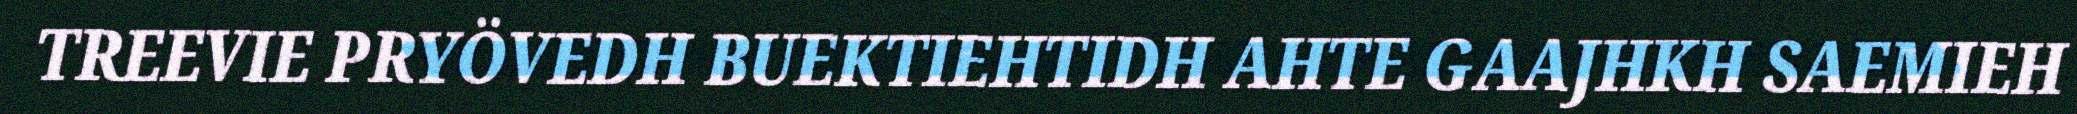
TREEVIE PRYÖVEDH BUEKTIEHTIDH AHTE GAAJHKH SAEMIEH